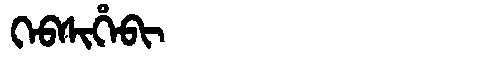
Manchu: ᡴᡝᠪᠰᡳᡥᡝᠪᡳ
Romanization: KEBSIHEBI